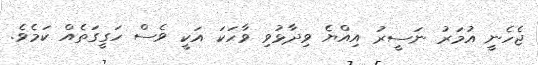
ޖެހެނީ އުމަރު ނަސީރު އިއްޔެ ވިދާޅުވި ވާހަކަ އަކީ ވެސް ހަގީގަތެއް ކަމެވެ.